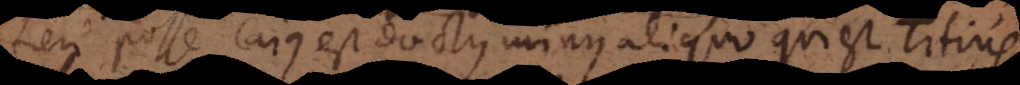
fieri posse Cajus est doctus minus aliquo qui est Titiu